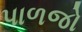
પાળજો